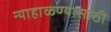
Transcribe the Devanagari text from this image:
न्याहाळण्यासाठी